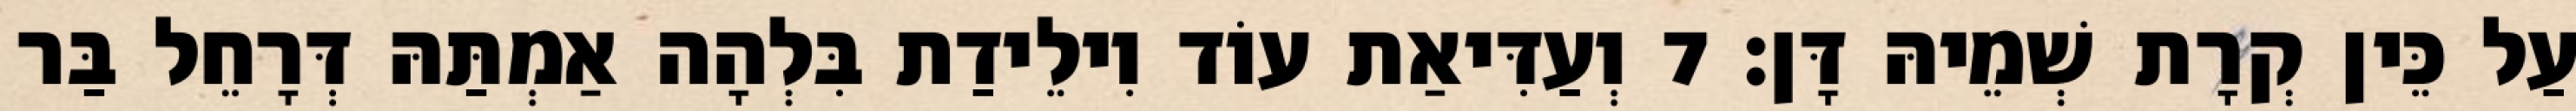
עַל כֵּין קְרָת שְׁמֵיהּ דָּן׃ 7 וְעַדִּיאַת עוֹד וִילֵידַת בִּלְהָה אַמְתַּהּ דְּרָחֵל בַּר